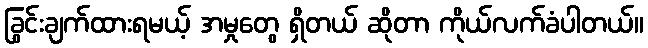
ခြွင်းချက်ထားရမယ့် အမှုတွေ ရှိတယ် ဆိုတာ ကိုယ်လက်ခံပါတယ်။